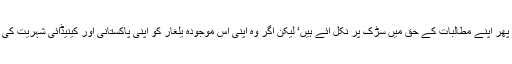
کینیڈا اور پاکستان کے نصف شہری جناب طاہر القادری ایک بار پھر اپنے مطالبات کے حق میں سڑک پر نکل آئے ہیں‘ لیکن اگر وہ اپنی اس موجودہ یلغار کو اپنی پاکستانی اور کینیڈائی شہریت کی طرح نصف ہی کر لیں تو ہمارا گزارا تو اس پر بھی ہو جائے گا۔